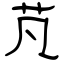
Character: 芃